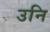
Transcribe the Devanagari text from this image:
उनि